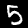
Label: 5